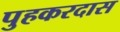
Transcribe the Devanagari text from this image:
पुहकरदास